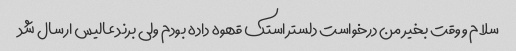
سلام و وقت بخیر من درخواست دلستر استک قهوه داده بودم ولی برند عالیس ارسال شد